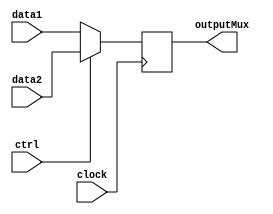
module MuxWB(clock, data1, data2, ctrl, outputMux);

    input [15:0]data1;
    input [15:0]data2;
    input ctrl;
    input clock;

    output reg [15:0]outputMux;

    always @ (negedge clock)begin
        if(ctrl == 0)begin
            outputMux = data1;
        end if(ctrl == 1)begin
            outputMux = data2;
        end
    end
endmodule